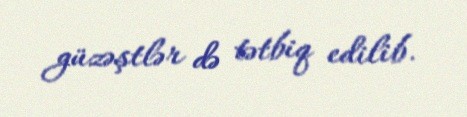
güzəştlər də tətbiq edilib.